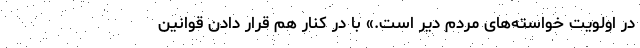
در اولویت خواسته‌های مردم دیّر است.» با در کنار هم قرار دادن قوانین